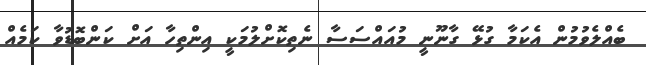
ބެއްލެވުމުން އެކަމާ ގުޅޭ ގާނޫނީ މުއައްސަސާ ނެތިކޮށްލުމަކީ އިންތިހާ އަށް ކަންބޮޑުވާ ކަމެއް